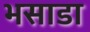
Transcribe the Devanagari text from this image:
भसाडा